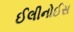
ઈલીનોઈસ